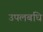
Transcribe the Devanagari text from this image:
उपलबधि